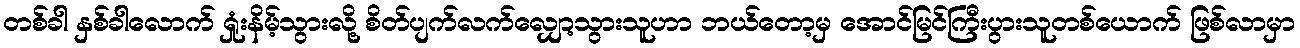
တစ်ခါ နှစ်ခါလောက် ရှုံးနိမ့်သွားလို့ စိတ်ပျက်လက်လျှော့သွားသူဟာ ဘယ်တော့မှ အောင်မြင်ကြီးပွားသူတစ်ယောက် ဖြစ်လာမှာ